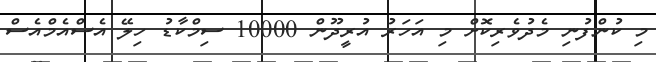
މި ކުންފުނި މެދުވެރިކޮށް މި އަހަރު އުރީދޫން 10000 ސިމްކާޑު ހިލޭ އެސްއެމްއެސް